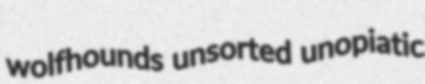
wolfhounds unsorted unopiatic